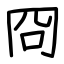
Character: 冏